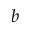
b